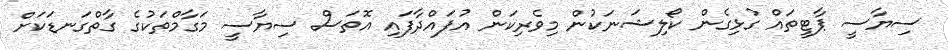
ސިޔާސީ ޕާޓީތައް ގުޅިގެން ކޯލިޝަނަކުން މިވެރިކަން އުފައްދާފައި އޮތަސް ސިޔާސީ މަގާމްތަކުގެ ގާތްގަނޑަކަށް